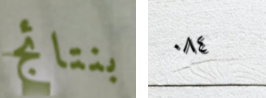
بنتائج ٠٨٤